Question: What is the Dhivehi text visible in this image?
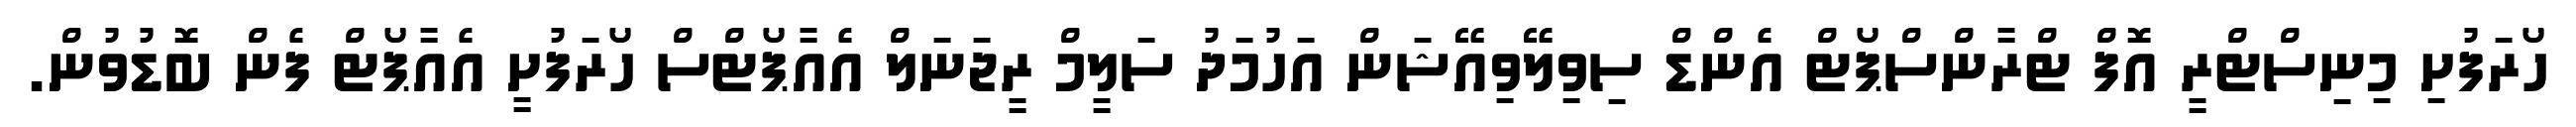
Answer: ހޯރަފުށި މިނިސްޓްރީ އޮފް ޓްރާންސްޕޯޓް އެންޑް ސިވިލޭވިއޭޝަން އަހުމަދު ސަލީމް ރީޖަނަލް އެއާޕޯޓްސް ހޯރަފުށީ އެއާޕޯޓް ފެން ބޮޑުވުން.